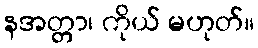
နအတ္တာ၊ ကိုယ် မဟုတ်။